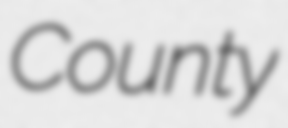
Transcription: County